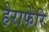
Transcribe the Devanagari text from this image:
हेराफेरि